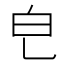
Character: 𤼾